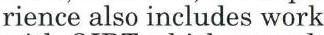
rience also includes work